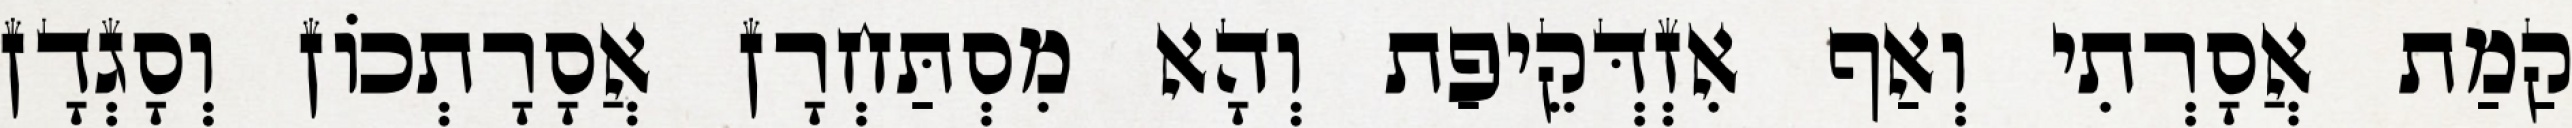
קַמַת אֲסָרְתִי וְאַף אִזְדְּקֵיפַת וְהָא מִסְתַּחְרָן אֲסָרָתְכוֹן וְסָגְדָן